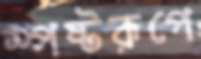
স্পষ্টরূপে